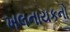
ખલનાયકનો